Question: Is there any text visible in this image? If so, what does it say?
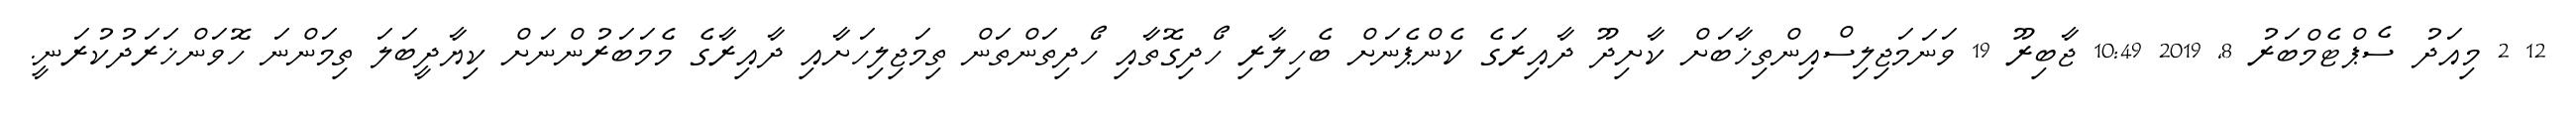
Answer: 12 2 މިއަދު ސެޕްޓެމްބަރު 8, 2019 10:49 ޖާބިރޫ 19 ވަނަމަޖިލިސްއިންތިޚާބަށް ކާށިދޫ ދާއިރަގެ ކެންޕެނަށް ބެހިލާރި ހޯދިގޮތާއި ހޯދިތަންތަން ތިމަޖިލިހަށާއި ދާއިރާގެ މެމަބަރުންނަށް ކިޔާދީބަލަ ތިމަންނަ ހޮވަންޚަރަދުކުރަނީ.